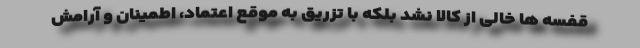
قفسه ها خالی از کالا نشد بلکه با تزریق به موقع اعتماد، اطمینان و آرامش